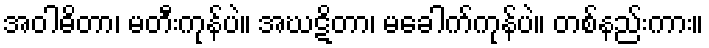
အဝါဓိတာ၊ မတီးကုန်ပဲ။ အဃဋိတာ၊ မခေါက်ကုန်ပဲ။ တစ်နည်းကား။